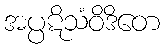
အပ္ပဋိသံဝိဒိတေ